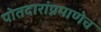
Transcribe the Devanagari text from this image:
पोतदारांप्रमाणेच